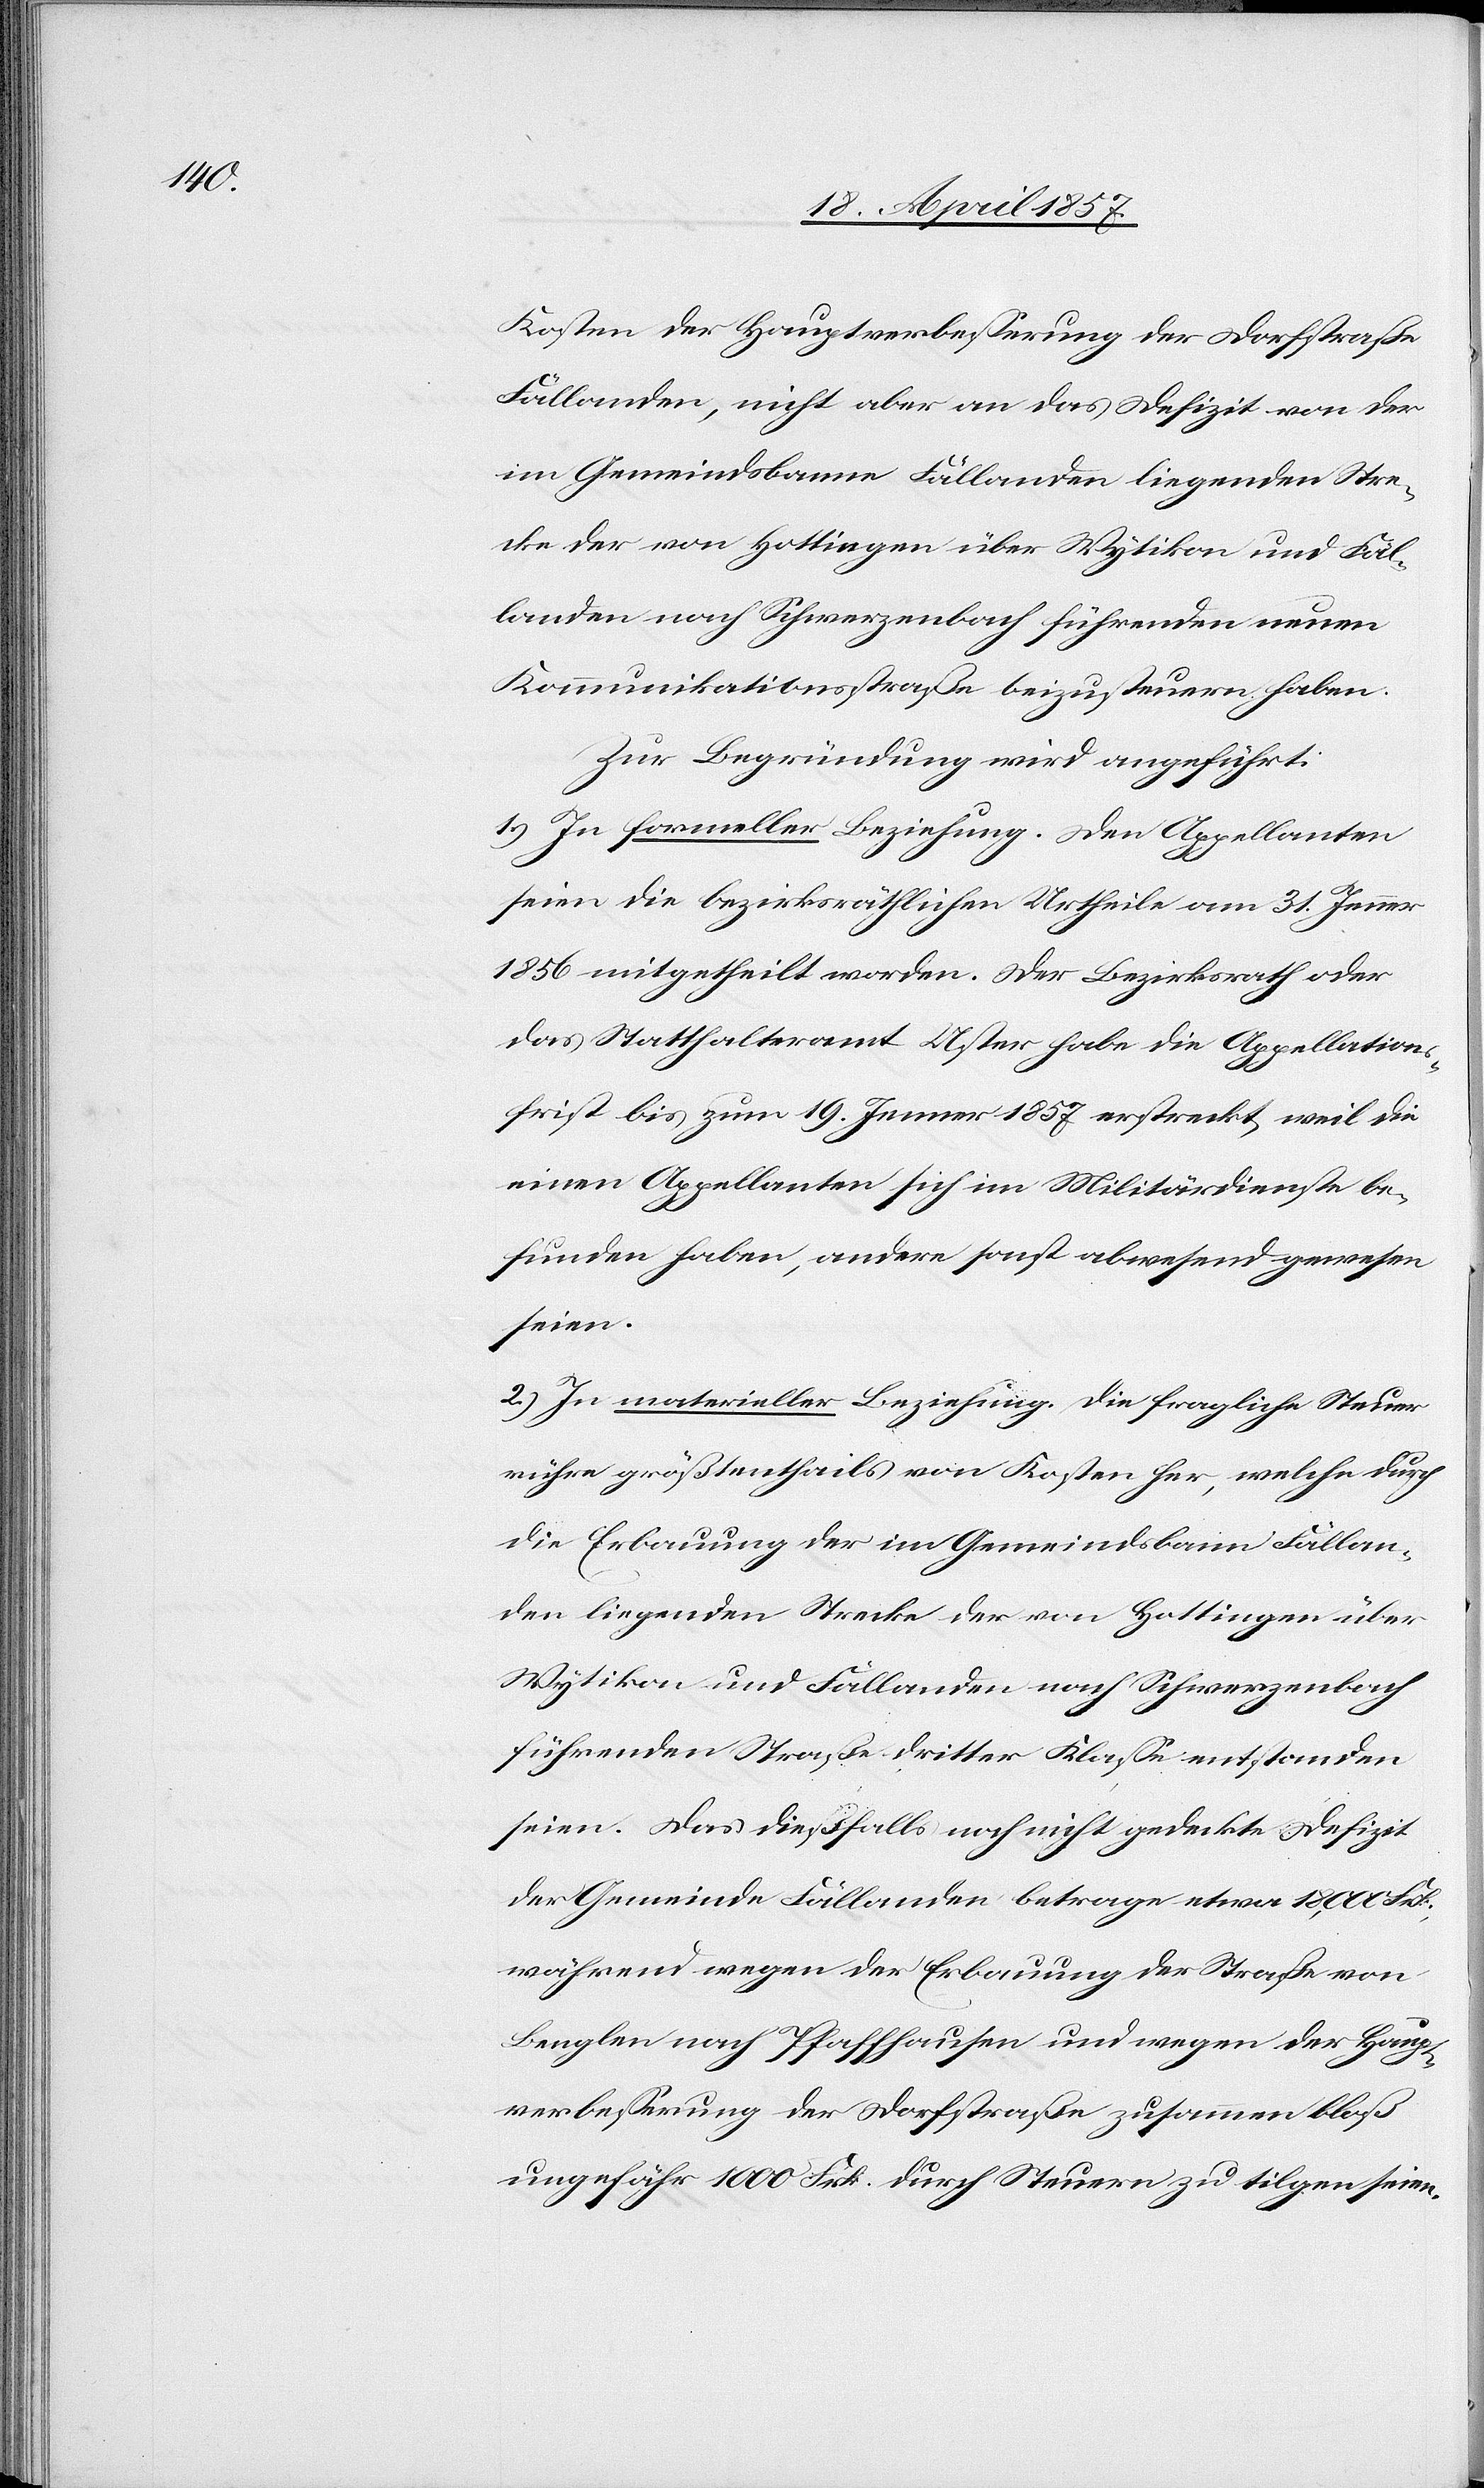
Kosten der Hauptverbesserung der Dorfstraße
Fällanden, nicht aber an das Defizit von der
im Gemeindsbanne Fällanden liegenden Stre¬
cke der von Hottingen über Wytikon und Fäl¬
landen nach Schwerzenbach führenden neuen
Kommunikationsstraße beizusteuern haben.
Zur Begründung wird angeführt:
1.) In formeller Beziehung. Den Appellanten
seien die bezirksräthlichen Urtheile am 31. Jenner
1856 mitgetheilt worden. Der Bezirksrath oder
das Statthalteramt Uster habe die Appellations¬
frist bis zum 19. Jenner 1857 erstreckt, weil die
einen Appellanten sich im Militärdienste be¬
funden haben, andere sonst abwesend gewesen
seien.
2.) In materieller Beziehung. Die fragliche Steuer
rühre größtenthails von Kosten her, welche durch
die Erbauung der im Gemeindsbann Fällan¬
den liegenden Strecke der von Hottingen über
Wytikon und Fällanden nach Schwerzenbach
führenden Straße dritter Klasse entstanden
seien. Das dießfalls noch nicht gedeckte Defizit
der Gemeinde Fällanden betrage etwa 18,000 Frk.,
während wegen der Erbauung der Straße von
Benglen nach Pfaffhausen und wegen der Haupt¬
verbesserung der Dorfstraße zusammen bloß
ungefähr 1000 Frk. durch Steuern zu tilgen seien.